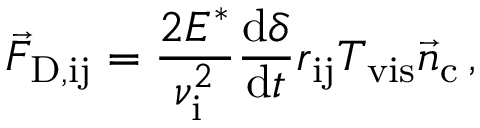
\vec { F } _ { \mathrm { D , i j } } = \frac { 2 E ^ { * } } { \nu _ { \mathrm { i } } ^ { 2 } } \frac { \mathrm { d } \delta } { \mathrm { d } t } r _ { \mathrm { i j } } T _ { \mathrm { v i s } } \vec { n } _ { \mathrm { c } } \, ,